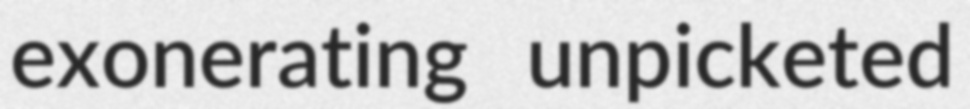
exonerating unpicketed